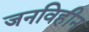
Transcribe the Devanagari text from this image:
जनविहीन